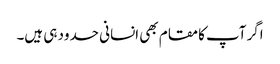
اگر آپ کامقام بھی انسانی حدود ہی ہیں۔